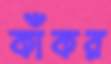
কাঁকর